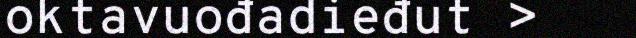
oktavuođadieđut >